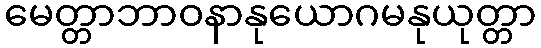
မေတ္တာဘာဝနာနုယောဂမနုယုတ္တာ